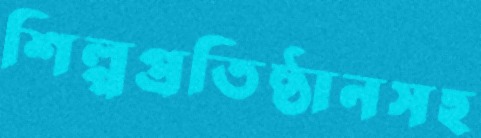
শিল্পপ্রতিষ্ঠানসহ